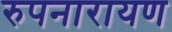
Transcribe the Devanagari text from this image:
रुपनारायण